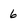
Character: 6